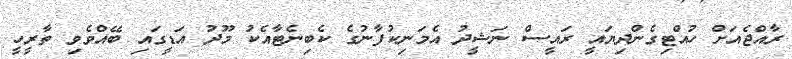
ރާއްޖެއަށް ހުއްޓިގެންދިޔައީ ރައީސް ނަޝީދު އެމަނިކުފާނުގެ ކެބިނެޓާއެކު މޫދު އަޑީގައި ބޭއްވެވި ތާރީހީ